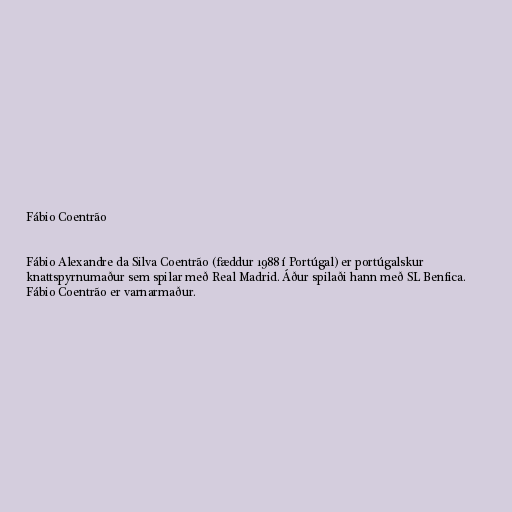
Fábio Coentrão

Fábio Alexandre da Silva Coentrão (fæddur 1988 í Portúgal) er portúgalskur
knattspyrnumaður sem spilar með Real Madrid. Áður spilaði hann með SL Benfica.
Fábio Coentrão er varnarmaður.